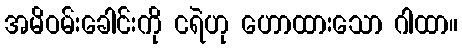
အမိဝမ်းခေါင်းကို ငရဲဟု ဟောထားသော ဂါထာ။